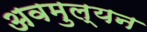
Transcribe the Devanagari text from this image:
अवमुल्यन